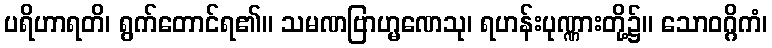
ပရိဟာရတိ၊ ရွက်တောင်ရ၏။ သမဏဗြာဟ္မဏေသု၊ ရဟန်းပုဏ္ဏားတို့၌။ သောဝဂ္ဂိကံ၊